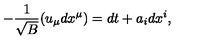
- { \frac { 1 } { \sqrt { B } } } ( u _ { \mu } d x ^ { \mu } ) = d t + a _ { i } d x ^ { i } ,